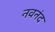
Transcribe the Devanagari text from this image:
नवनंद